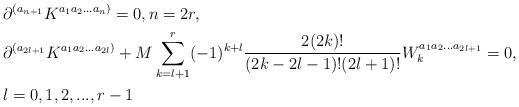
LaTeX: \begin{align*}& \partial^{(a_{n+1}}K^{a_1a_2\ldots a_n)}=0,n=2r,\\&\partial^{(a_{2l+1}}K^{a_1 a_2...a_{2l})}+ M\sum\limits_{k=l+1}^{r}(-1)^{k+l}\frac{ 2(2k)!}{(2k-2l-1)!(2l+1)!}W_k^{a_1 a_2...a_{2l+1}}=0,\\&l=0,1,2,...,r-1\end{align*}